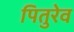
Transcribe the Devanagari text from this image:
पितुरेव